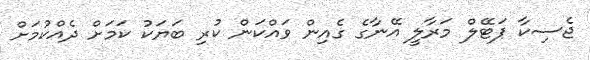
ޖެސިކާ ޕަޓޭލް މަރާލީ އޭނާގެ ގެއިން ވައްކަން ކުރި ބަޔަކު ކަމަށް ދެއްކުމަށް